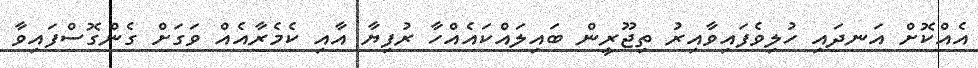
އެއްކޮށް އަނދައި ހުލިވެފައިވާއިރު ތިޖޫރީން ބައިލައްކައެއްހާ ރުފިޔާ އާއި ކެމެރާއެއް ވަގަށް ގެންގޮސްފައިވާ